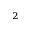
^ 2